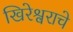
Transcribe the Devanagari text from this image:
खिरेश्वराचे